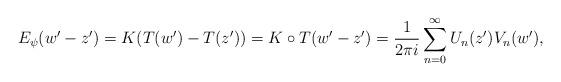
LaTeX: \begin{align*}E_{\psi}( w' - z' ) = K (T(w')-T(z')) = K\circ T (w'- z') = \frac{1}{2\pi i } \sum_{n=0}^{\infty}U_n(z')V_n(w'), \end{align*}